Manual of the Civil Veterinary Department, Central Provinces and Berar
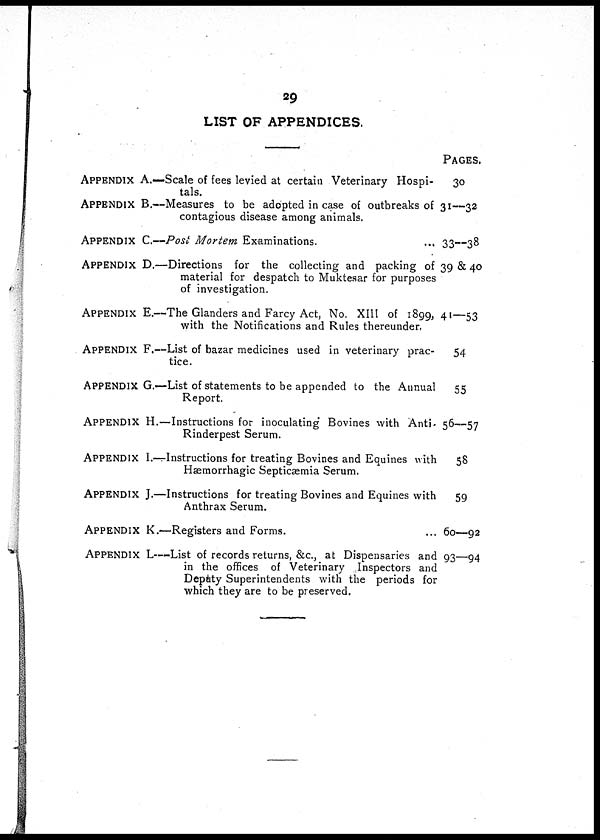
29
LIST OF APPENDICES.
APPENDIX A.—Scale of fees levied at certain Veterinary Hospi-
tals.
APPENDIX B.—Measures to be adopted in case of outbreaks of
contagious disease among animals.
APPENDIX C.—Post Mortem Examinations. ...
APPENDIX D.—Directions for the collecting and packing of
material for despatch to Muktesar for purposes
of investigation.
APPENDIX E.—The Glanders and Farcy Act, No. XIII of 1899,
with the Notifications and Rules thereunder.
APPENDIX F.—List of bazar medicines used in veterinary prac-
tice.
APPENDIX G.—List of statements to be appended to the Annual
Report.
APPENDIX H.—Instructions for inoculating Bovines with Anti-
Rinderpest Serum.
APPENDIX I.—Instructions for treating Bovines and Equines with
Hæmorrhagic Septicæmia Serum.
APPENDIX J.—Instructions for treating Bovines and Equines with
Anthrax Serum.
APPENDIX K.—Registers and Forms. ...
APPENDIX L—List of records returns, &c., at Dispensaries and
in the offices of Veterinary Inspectors and
Deputy Superintendents with the periods for
which they are to be preserved.
PAGES.
30
31—32
33—38
39 & 40
41—53
54
55
56—57
58
59
60—92
93—94